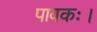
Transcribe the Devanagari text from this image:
पावकः।